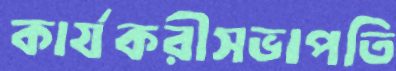
কার্যকরীসভাপতি